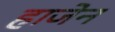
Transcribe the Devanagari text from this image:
हाजेन